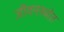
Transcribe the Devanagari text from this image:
जीवनस्त्रोत